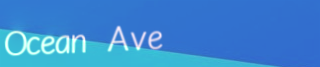
Ocean Ave